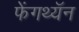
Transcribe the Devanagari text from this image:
फेंगथ्यॅन